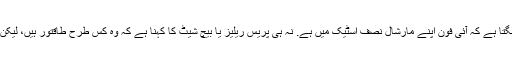
یہ ایک راکشس کی طرح لگ رہا ہے. یہ سنجیدگی سے لگتا ہے کہ آئی فون اپنے مارشال نصف اسٹیک میں ہے. نہ ہی پریس ریلیز یا بیچ شیٹ کا کہنا ہے کہ وہ کس طرح طاقتور ہیں، لیکن، ارے، وہاں 4 میں ہیں - تو یہ بلند آواز ہے، ٹھیک ہے؟